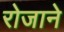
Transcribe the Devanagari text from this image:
रोजाने